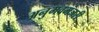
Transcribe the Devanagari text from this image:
अनुभवमंजरी